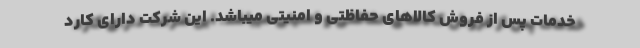
خدمات پس از فروش کالاهای حفاظتی و امنیتی میباشد. این شرکت دارای کارد